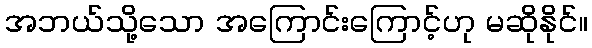
အဘယ်သို့သော အကြောင်းကြောင့်ဟု မဆိုနိုင်။